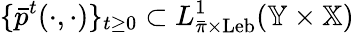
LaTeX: \{ \bar{p}^{t}(\cdot,\cdot)\} _{t\geq 0}\subset L_{\bar{\pi}\times\mathrm{Leb}}^{1}(\mathbb{Y}\times\mathbb{X})